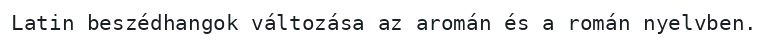
Latin beszédhangok változása az aromán és a román nyelvben.